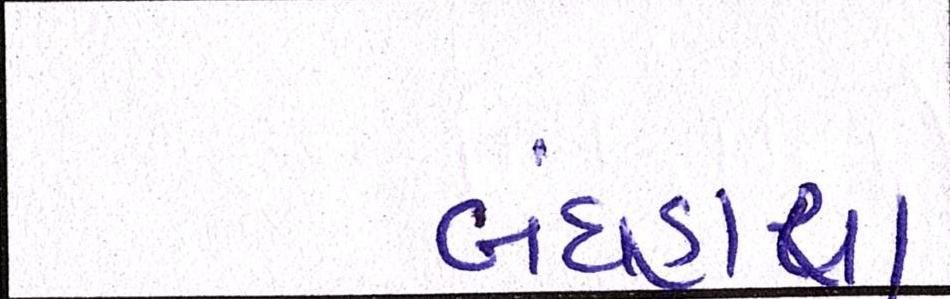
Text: બંધહાપા